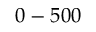
0 - 5 0 0